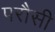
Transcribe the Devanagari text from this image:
परौसी